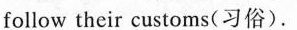
follow their customs(习俗).